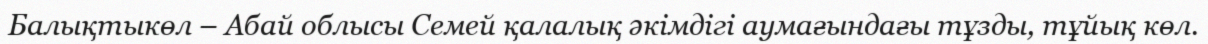
Балықтыкөл – Абай облысы Семей қалалық әкімдігі аумағындағы тұзды, тұйық көл.